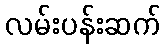
လမ်းပန်းဆက်